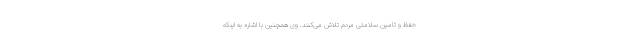
حفظ و تامین سلامتی مردم تلاش می‌کنند. وی همچنین با اشاره به اینکه